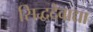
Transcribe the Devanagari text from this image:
सिद्धदेवाद्या